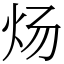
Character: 炀